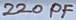
Text: 220PF